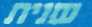
שנית